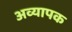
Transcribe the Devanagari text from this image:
अव्यापक